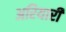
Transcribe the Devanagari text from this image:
अरियारी